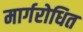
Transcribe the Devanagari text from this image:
मार्गरोधित